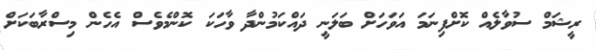
ރީޝަމް ސުވާލެއް ކޮށްފިނަމަ އަވަހަށް ބަލަނީ ދައްކަމުންދާ ވާހަކަ ކޮންމެވެސް އެހެން މިސްރާބަކަށް